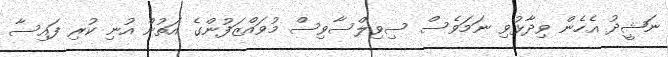
ނަޝީދު އެހެން ވިދާޅުވި ނަމަވެސް ސިވިލްސާވިސް މުވައްޒަފުންގެ އަތުން އުނި ކުރި ފައިސާ